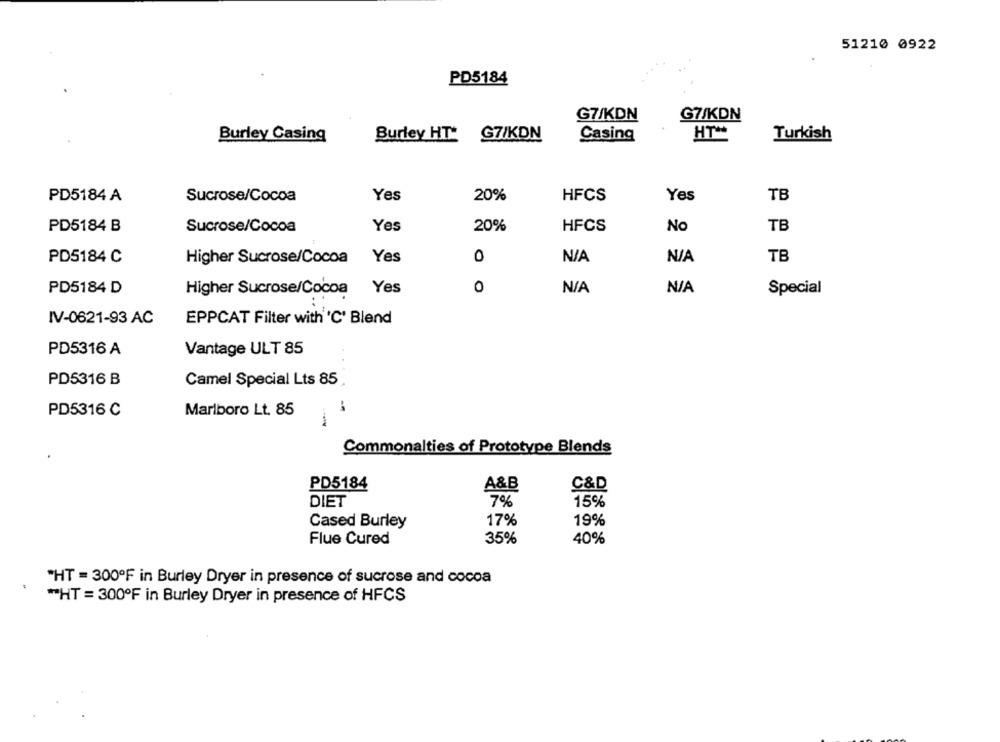
51210 0922
PD5184
G7/KDN
G7/KDN
Burley Casing
Burley HT G7/KDN
Casing
HT **
Turkish
PD5184 A
Sucrose/Cocoa
Yes
20%
HFCS
Yes
TB
PD5184 B
Sucrose/Cocoa
Yes
20%
HFCS
No
TB
PD5184 C
Higher Sucrose/Cocoa
Yes
0
TB
Yes
0
Special
PD5184 D
Higher Sucrose/Cocoa
IV-0621-93 AC
EPPCAT Filter with 'C' Blend
PD5316 A
Vantage ULT 85
PD5316 B
Camel Special Lts 85
--
PD5316 C
Marlboro Lt. 85
Commonalties of Prototype Blends
PD5184
A&B
C&D
DIET
7%
15%
Cased Burley
17%
19%
Flue Cured
35%
40%
*HT = 300ºF in Burley Dryer in presence of sucrose and cocoa
"HT = 300ºF in Burley Dryer in presence of HFCS